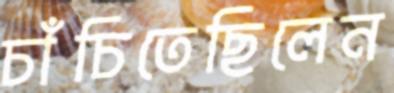
চাঁচিতেছিলেন